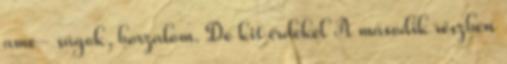
ame- ságok, borzalom. De kit érdekel A második részben